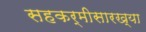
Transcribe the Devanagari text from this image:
सहकर्मीसारख्या